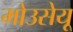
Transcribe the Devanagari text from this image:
मोउसेयू